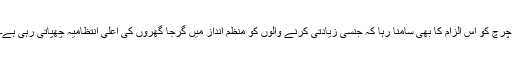
چرچ کو اس الزام کا بھی سامنا رہا کہ جنسی زیادتی کرنے والوں کو منظم انداز میں گرجا گھروں کی اعلیٰ انتظامیہ چھپاتی رہی ہے۔